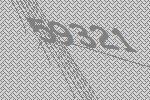
59321